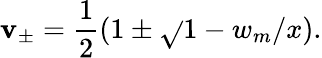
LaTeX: \mathbf{v}_{\pm}=\frac{{1}}{{2}}(1\pm\sqrt{}{{1-w_{m}/x}}).